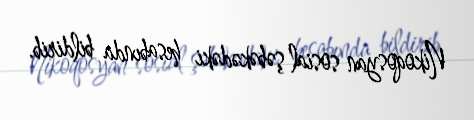
Nikoqosyan sosial şəbəkədəki hesabında bildirib.